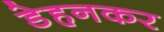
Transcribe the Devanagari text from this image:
डेहनकर